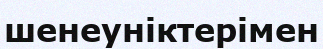
шенеуніктерімен